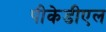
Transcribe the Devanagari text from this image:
पीकेडीएल